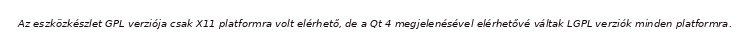
Az eszközkészlet GPL verziója csak X11 platformra volt elérhető, de a Qt 4 megjelenésével elérhetővé váltak LGPL verziók minden platformra.